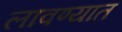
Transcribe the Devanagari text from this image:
लावण्‍यात